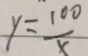
y = \frac { 1 0 0 } { x }